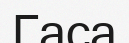
Гаса